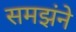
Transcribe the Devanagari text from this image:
समझंने